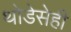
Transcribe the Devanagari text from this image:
थोडेसेही